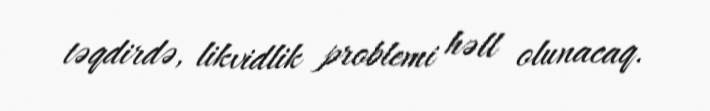
təqdirdə, likvidlik problemi həll olunacaq.